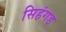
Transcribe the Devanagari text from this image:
सिहंगड